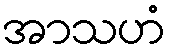
အာသဟံ